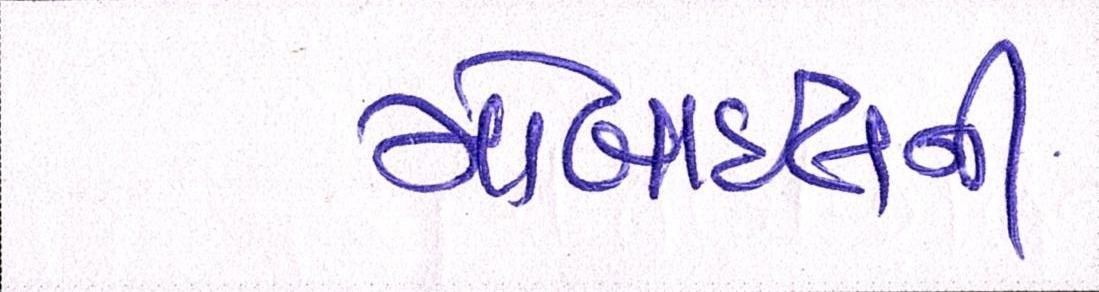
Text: મોબાઇલની